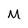
Character: m